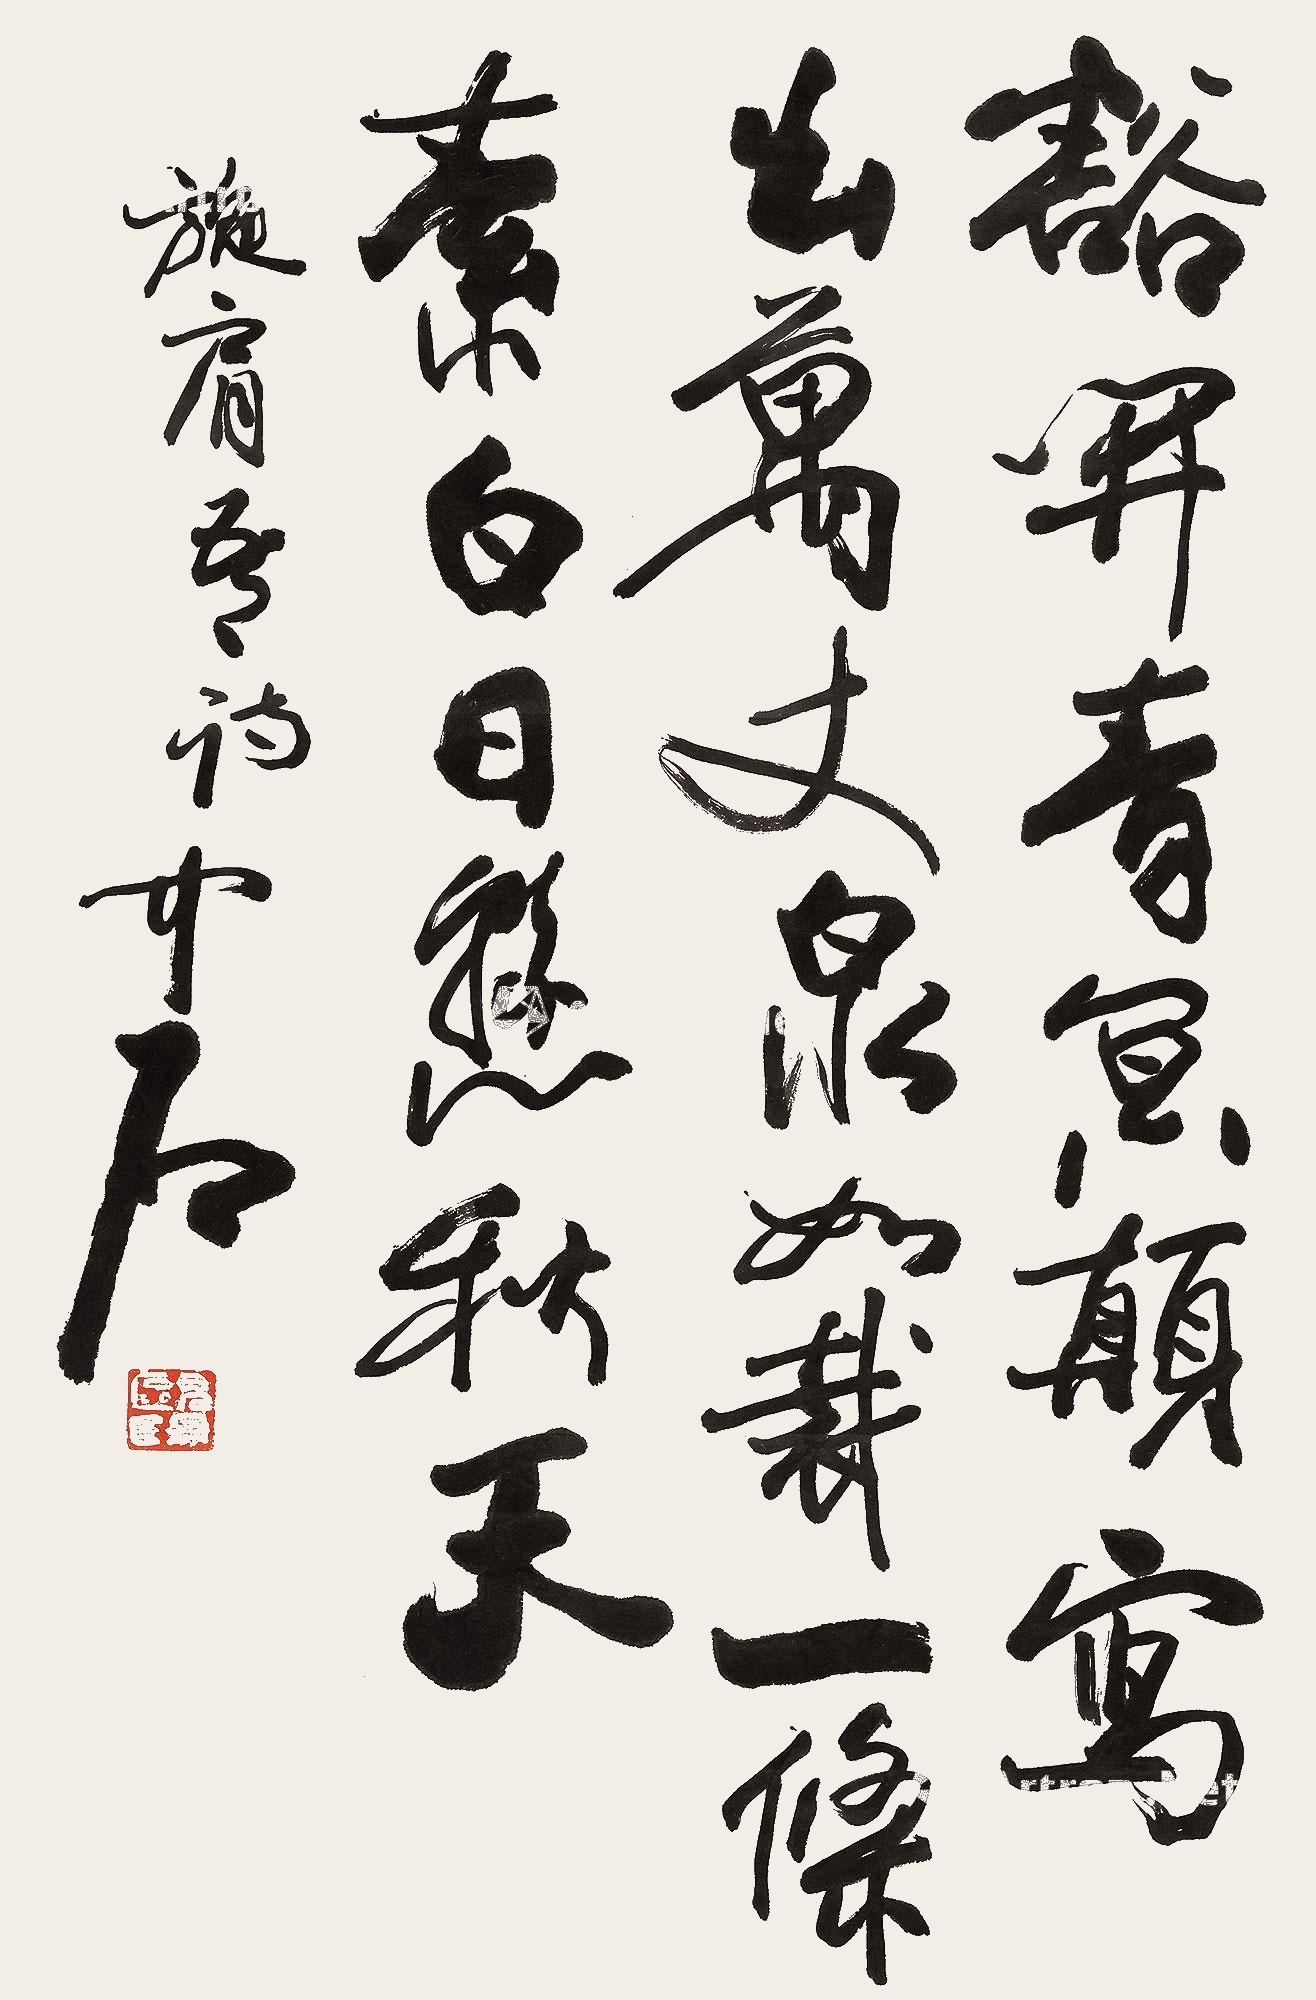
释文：豁开青冥颠，写出万丈泉。如裁一条素，白日悬秋天。施肩吾诗。中石。